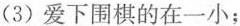
(3)爱下围棋的在一小；